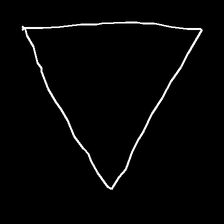
Glyph: convergence